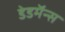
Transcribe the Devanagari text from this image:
डेडमॅन्स